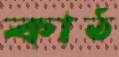
কাঠ